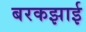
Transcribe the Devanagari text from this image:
बरकझाई